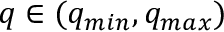
q \in ( q _ { m i n } , q _ { m a x } )